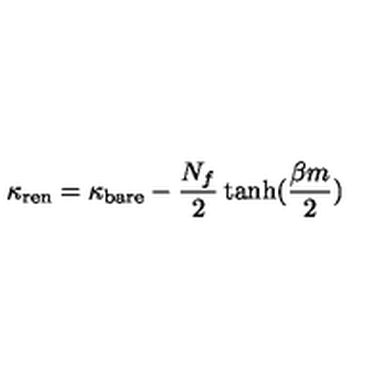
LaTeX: \kappa _ { \mathrm { r e n } } = \kappa _ { \mathrm { b a r e } } - \frac { N _ { f } } { 2 } \tanh ( \frac { \beta m } { 2 } )